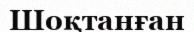
Шоқтанған